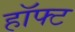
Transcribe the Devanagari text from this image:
हॉफ्ट